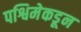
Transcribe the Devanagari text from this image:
पश्विमेकडून